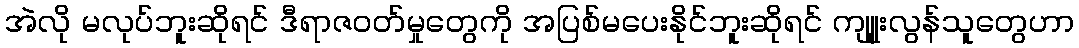
အဲလို မလုပ်ဘူးဆိုရင် ဒီရာဇဝတ်မှုတွေကို အပြစ်မပေးနိုင်ဘူးဆိုရင် ကျူုးလွန်သူတွေဟာ